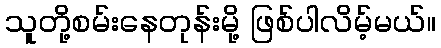
သူတို့စမ်းနေတုန်းမို့ ဖြစ်ပါလိမ့်မယ်။